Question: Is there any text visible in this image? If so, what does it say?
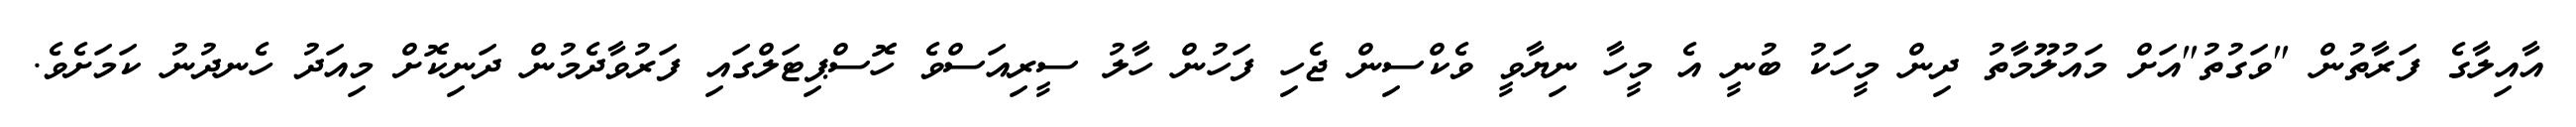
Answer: އާއިލާގެ ފަރާތުން "ވަގުތު"އަށް މައުލޫމާތު ދިން މީހަކު ބުނީ އެ މީހާ ނިޔާވީ ވެކްސިން ޖެހި ފަހުން ހާލު ސީރިއަސްވެ ހޮސްޕިޓަލްގައި ފަރުވާދެމުން ދަނިކޮށް މިއަދު ހެނދުނު ކަމަށެވެ.